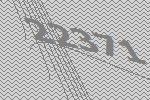
22371